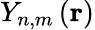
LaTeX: Y_{n,m}\left(\mathbf{r}\right)